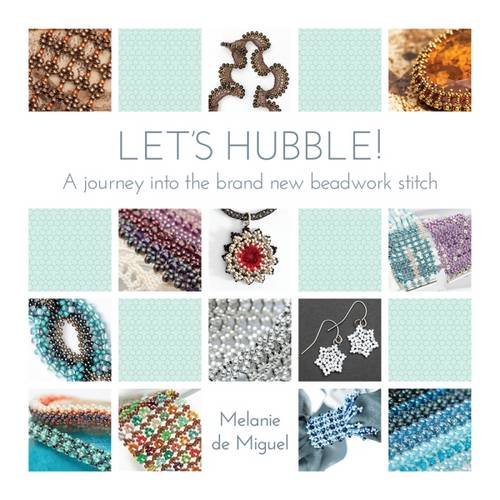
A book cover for Let's Hubble: A Journey into the Brand New Beadwork Stitch; Melanie de Miguel; Crafts, Hobbies & Home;